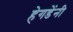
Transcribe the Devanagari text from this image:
हेगडेंनी